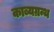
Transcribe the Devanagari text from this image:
काब्यग्रन्थ